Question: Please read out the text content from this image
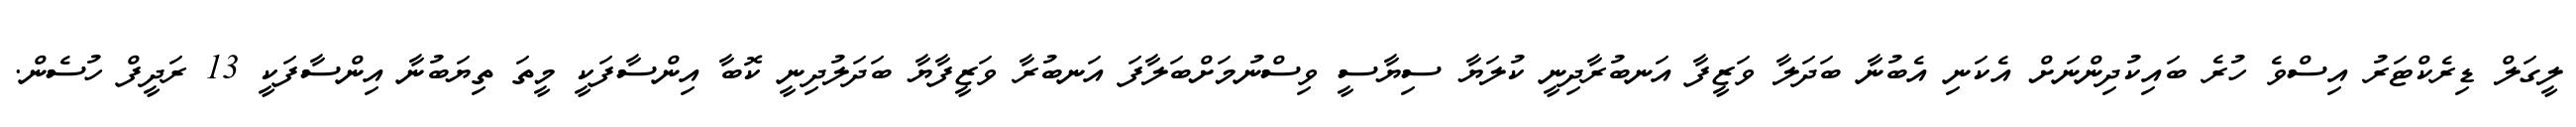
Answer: ލީގަލް ޑިރެކްޓަރު އިސްވެ ހުރެ ބައިކުދިންނަށް އެކަނި އެބުނާ ބަދަލާ ވަޒީފާ އަނބުރާދިނީ ކުލަޔާ ސިޔާސީ ވިސްނުމަށްބަލާފަ އަނބުރާ ވަޒީފާޔާ ބަދަލުދިނީ ކޮބާ އިންސާފަކީ މީތަ ތިޔަބުނާ އިންސާފަކީ 13 ރަދީފް ހުސެން.